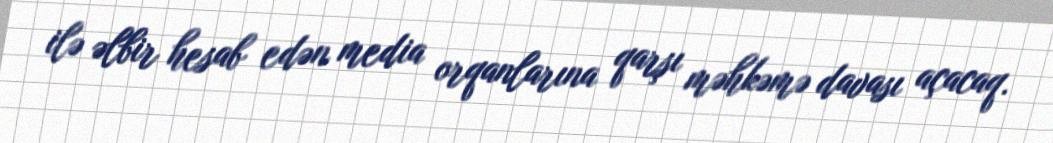
ilə əlbir hesab edən media orqanlarına qarşı məhkəmə davası açacaq.